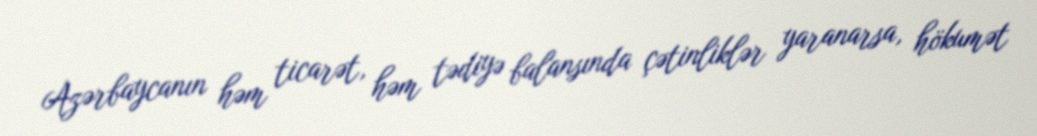
Azərbaycanın həm ticarət, həm tədiyə balansında çətinliklər yaranarsa, hökumət